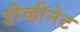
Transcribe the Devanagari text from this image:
डीव्हीनेट